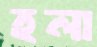
হলা